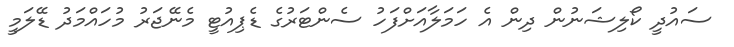
ސައުދީ ކޯލިޝަނުން ދިން އެ ހަމަލާއަށްފަހު ސެންޓަރުގެ ޑެޕިއުޓީ މެނޭޖަރު މުހައްމަދު ޑޭލަމީ